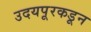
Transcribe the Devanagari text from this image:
उदयपूरकडून